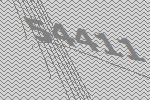
54411